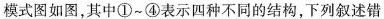
模式图如图，其中①~④表示四种不同的结构，下列叙述错